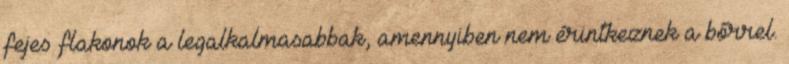
fejes flakonok a legalkalmasabbak, amennyiben nem érintkeznek a bőrrel.